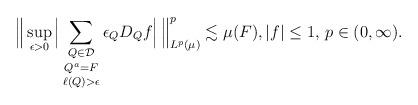
LaTeX: \begin{align*}\Big\| \sup_{\epsilon > 0} \Big| \mathop{\mathop{\sum_{Q \in \mathcal{D}}}_{Q^a = F}}_{\ell(Q) > \epsilon} \epsilon_Q D_Q f \Big|\, \Big\|_{L^p(\mu)}^p \lesssim \mu(F), |f| \le 1,\, p \in (0, \infty).\end{align*}